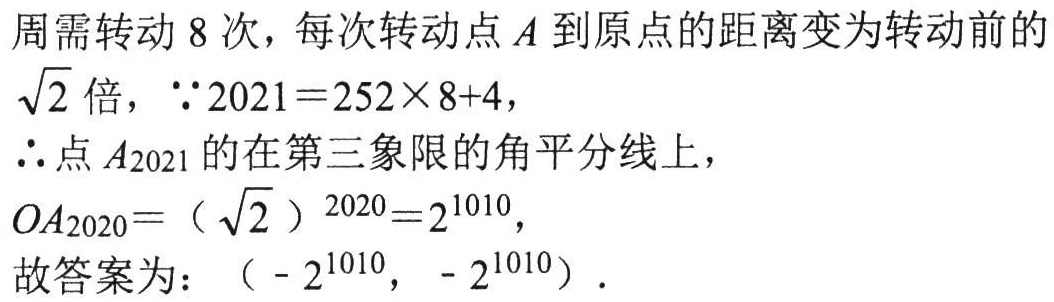
周需转动 8 次，每次转动点 \(A\) 到原点的距离变为转动前的
\(\sqrt{2}\) 倍，\(\because 2021 = 252\times 8 + 4\)，
\(\therefore\) 点 \(A_{2021}\) 的在第三象限的角平分线上，
\(OA_{2020}=(\sqrt{2})^{2020}=2^{1010}\)，
故答案为：\((-2^{1010}, -2^{1010})\) .